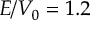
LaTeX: E / V _ { 0 } = 1 . 2